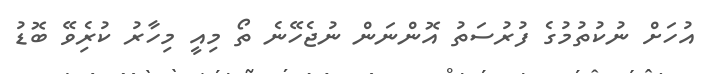
އުހަށް ނުކުތުމުގެ ފުރުސަތު އޮންނަން ނުޖެހޭނެ ތޯ މިއީ މިހާރު ކުރިެވޭ ބޮޑު